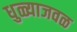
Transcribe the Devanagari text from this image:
धुळ्याजवळ